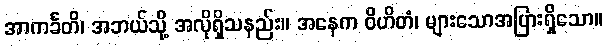
အာကင်္ခတိ၊ အဘယ်သို့ အလိုရှိသနည်း။ အနေက ဝိဟိတံ၊ များသောအပြားရှိသော။